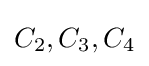
C_{2},C_{3},C_{4}